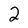
Character: 2